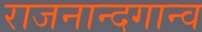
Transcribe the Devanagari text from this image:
राजनान्दगान्व